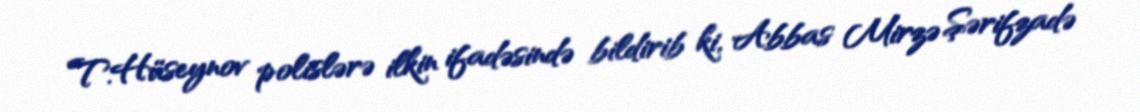
T.Hüseynov polislərə ilkin ifadəsində bildirib ki, Abbas Mirzə Şərifzadə